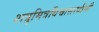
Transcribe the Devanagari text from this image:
शत्रुमित्रविश्वासस्त्रीसी